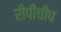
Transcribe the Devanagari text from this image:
रीपीचीप